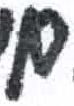
אות: ם